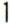
1